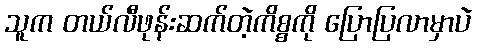
သူက တယ်လီဖုန်းဆက်တဲ့ကိစ္စကို ပြောပြလာမှာပဲ